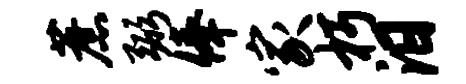
蔗弼俸家朽汨